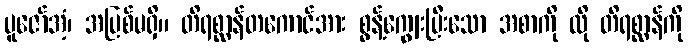
ပူဇော်အံ့၊ အပြစ်မရှိ။ တိရစ္ဆာန်တကောင်အား စွန့်ကျွေးပြီးသော အစာကို ထို တိရစ္ဆာန်ကို